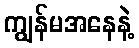
ကျွန်မအနေနဲ့